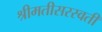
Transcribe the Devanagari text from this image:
श्रीमतीसरस्‍वती